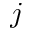
j